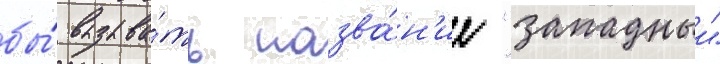
бы́ вызыва́ть назва́н'ие "западныи"